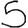
Digit: 5